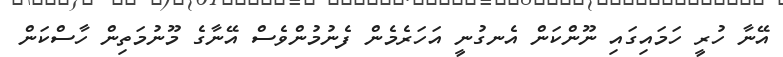
އޭނާ ހުރީ ހަމައިގައި ނޫންކަން އެނގުނީ އަހަރެމެން ފެނުމުންވެސް އޭނާގެ މޫނުމަތިން ހާސްކަން